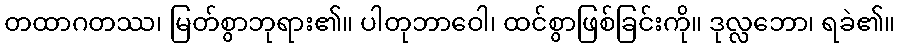
တထာဂတဿ၊ မြတ်စွာဘုရား၏။ ပါတုဘာဝေါ၊ ထင်စွာဖြစ်ခြင်းကို။ ဒုလ္လဘော၊ ရခဲ၏။